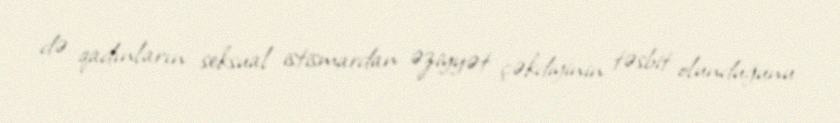
də qadınların seksual istismardan əziyyət çəkdiyinin təsbit olunduğunu